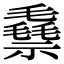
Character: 䄟